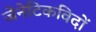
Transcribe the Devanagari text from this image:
जेनेटिकविदों